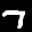
Label: 7